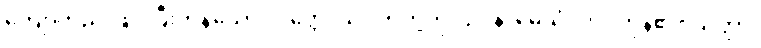
ကျောက်ညိုဖြင့် ပြီးကုန်သော။ ပတ္တေ၊ သပိတ်တို့ကို။ ဥပနာမေသုံ၊ ကပ်ကုန်၏။ သတ္ထာ၊